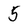
Character: 5